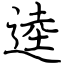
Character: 逵